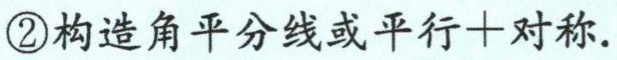
\textcircled{2}构造角平分线或平行+对称.